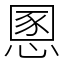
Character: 慁